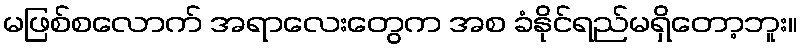
မဖြစ်စလောက် အရာလေးတွေက အစ ခံနိုင်ရည်မရှိတော့ဘူး။